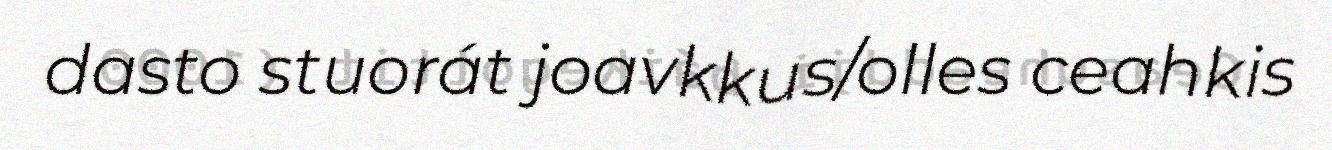
dasto stuorát joavkkus/olles ceahkis